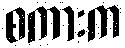
စကားက